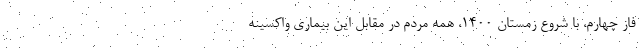
فاز چهارم، با شروع زمستان 1400، همه مردم در مقابل این بیماری واکسینه